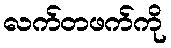
လက်တဖက်ကို